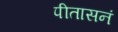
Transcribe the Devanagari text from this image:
पीतासनं